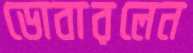
ডোবারলেন